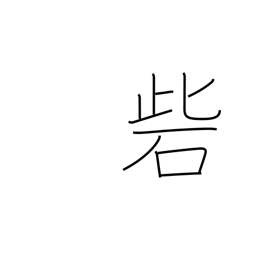
Meaning: stronghold